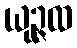
ယုဉ္ဇထ